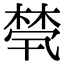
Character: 棾